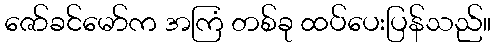
ဇော်ခင်မော်က အကြံ တစ်ခု ထပ်ပေးပြန်သည်။